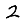
Digit: 2